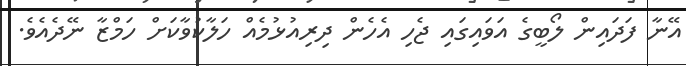
އޭނާ ފަދައިން ލޯބީގެ އަވައިގައި ޖެހި އެހެން ދިރިއުޅުމެއް ހަލާކުވާކަށް ހަމްޒާ ނޭދެއެވެ.